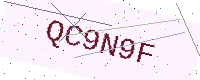
Text: QC9N9F